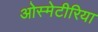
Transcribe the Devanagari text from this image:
ओस्मेटीरिया